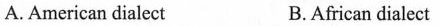
A. American dialect B.African dialect